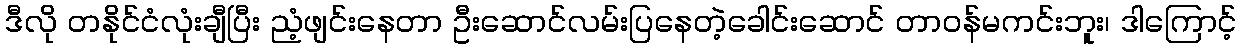
ဒီလို တနိုင်ငံလုံးချီပြီး ညံ့ဖျင်းနေတာ ဦးဆောင်လမ်းပြနေတဲ့ခေါင်းဆောင် တာဝန်မကင်းဘူး၊ ဒါကြောင့်